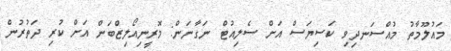
މައުލޫމާތު މުއްސަނދިވި ކަސިޔަސް އަށް ސެލިއުޓް ނަގާނަން: މޮރީނިއޯލިޒްބަން އަށް ކުރި ދަތުރުން